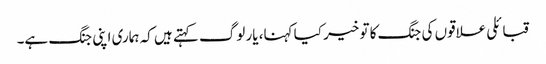
قبائلی علاقوں کی جنگ کا تو خیر کیا کہنا، یار لوگ کہتے ہیں کہ ہماری اپنی جنگ ہے۔